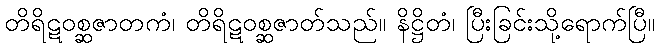
တိရိဋဝစ္ဆဇာတကံ၊ တိရိဋဝစ္ဆဇာတ်သည်။ နိဋ္ဌိတံ၊ ပြီးခြင်းသို့ရောက်ပြီ။